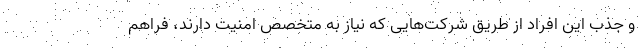
و جذب این افراد از طریق شرکت‌هایی که نیاز به متخصص امنیت دارند، فراهم